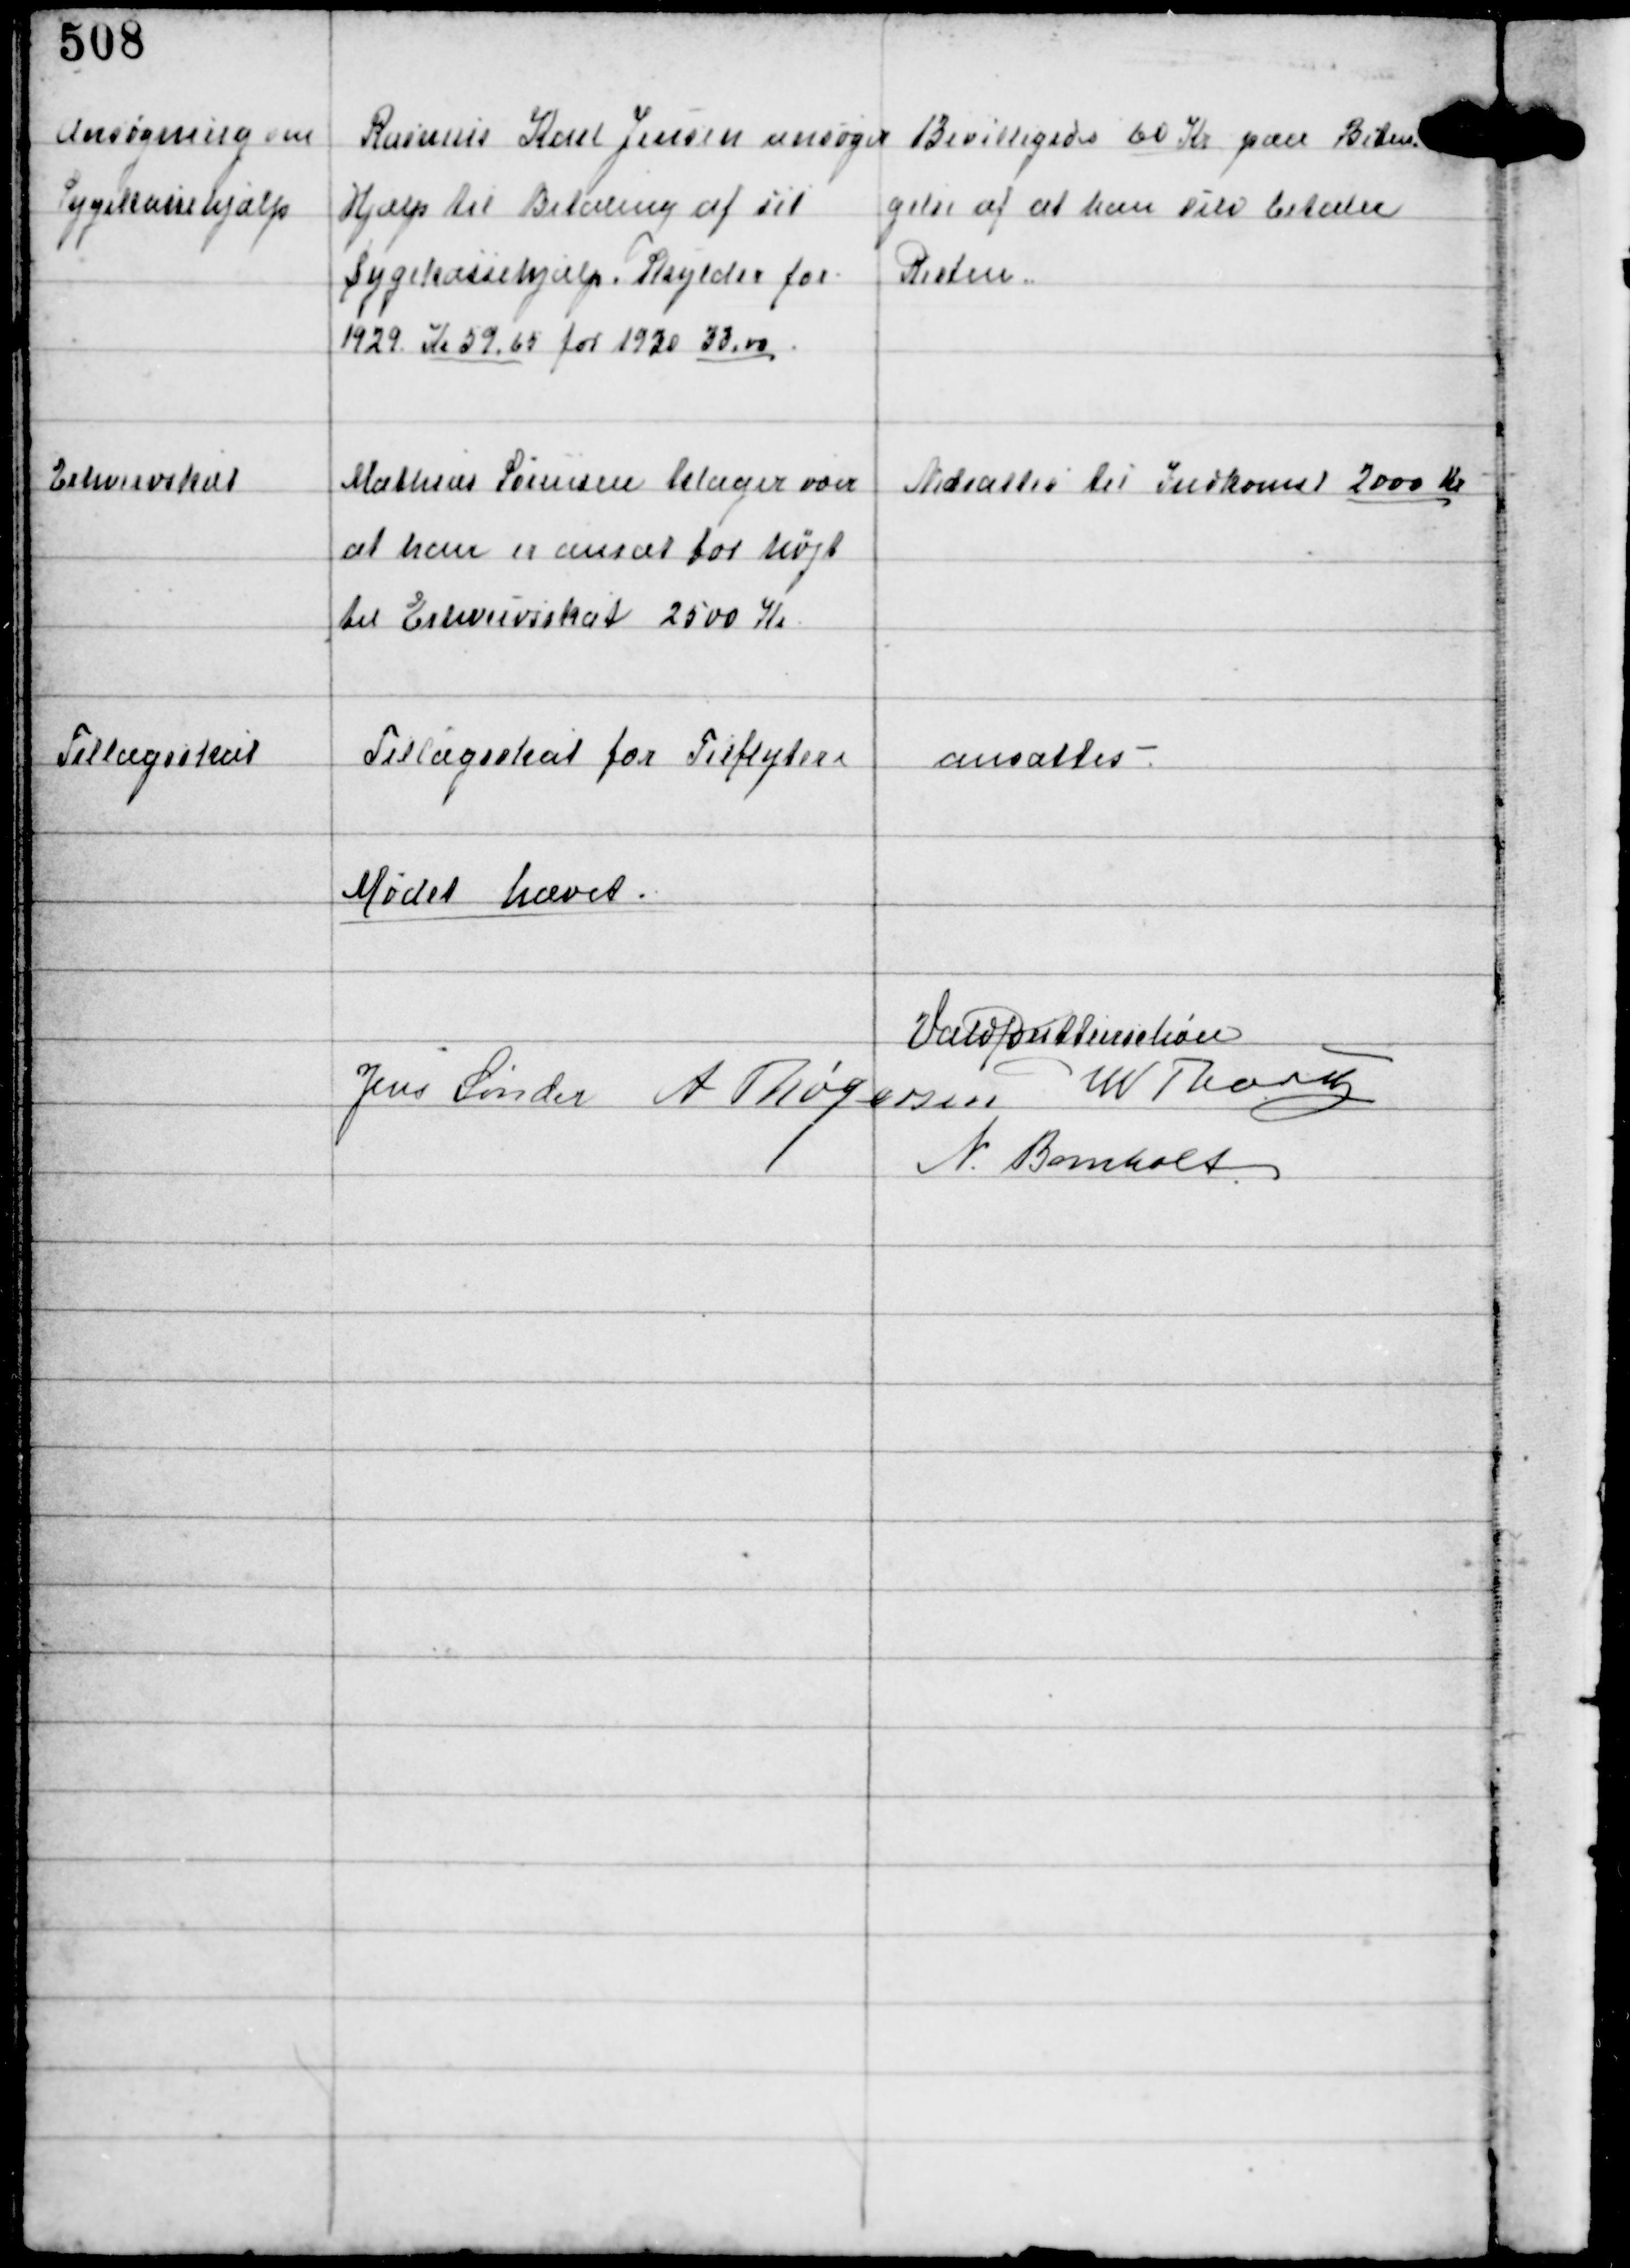
Transskription:
Ansøgning om
Sygekassehjælp

Rasmus Karl Jensen ansøger
Hjælp til Betaling af sit
Sygekassehjælp Skylder for
1929 Kr 59,65 for 1930 33,00.

Bevilligedes 60 Kr paa Betin-
gelse af at han selv betaler
Resten.

Erhvervskat

Mathias Sørensen klager over
at han er ansat for højt
til Erhvervsskat 2500 Kr

Nedsattes til Indkomst 2000 Kr

Tillægsskat

Tillægsskat for Tilflytere

ansattes.

Mødet hævet.
Vald Buttenschøn
Jens Sønder A Thøgersen W Thorup
N. Bomholt